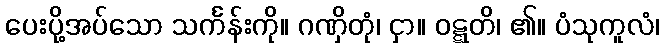
ပေးပို့အပ်သော သင်္ကန်းကို။ ဂဏှိတုံ၊ ငှာ။ ဝဋ္ဋတိ၊ ၏။ ပံသုကူလံ၊